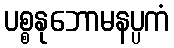
ပစ္စနုဘောမနပ္ပကံ